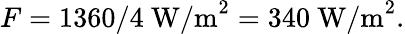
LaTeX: F=1360/4\mathrm{\ W/m}^{2}=340\mathrm{\ W/m}^{2}.